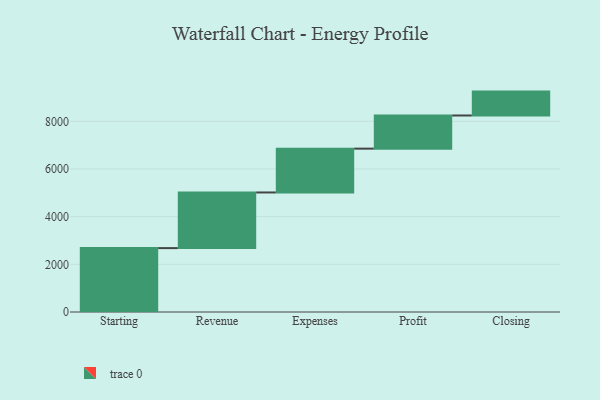
{"axis": {"x": "Step", "y": "Value"}, "legend": [""], "data": [{"x": "Starting", "y": 2680.0, "type": ""}, {"x": "Revenue", "y": 2335.0, "type": ""}, {"x": "Expenses", "y": 1838.0, "type": ""}, {"x": "Profit", "y": 1391.0, "type": ""}, {"x": "Closing", "y": 1002.0, "type": ""}]}